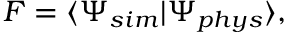
F = \langle \Psi _ { s i m } | \Psi _ { p h y s } \rangle ,